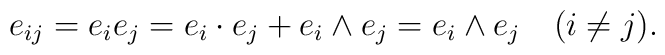
e_{ij} = e_i e_j = e_i \cdot e_j + e_i \wedge e_j = e_i \wedge e_j\, \, \, \, \, \, (i \neq j) .